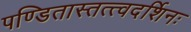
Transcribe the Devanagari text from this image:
पण्डितास्तत्त्वदर्शिनः